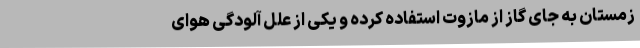
زمستان به جای گاز از مازوت استفاده کرده ‌و یکی از علل آلودگی هوای